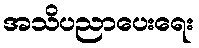
အသိပညာပေးရေး